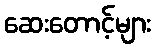
ဆေးတောင့်များ